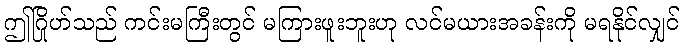
ဤဂြိုဟ်သည် ကင်းမကြီးတွင် မကြားဖူးဘူးဟု လင်မယားအခန်းကို မရနိုင်လျှင်